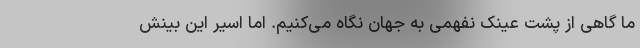
ما گاهی از پشت عینک نفهمی به جهان نگاه می‌کنیم. اما اسیر این بینش